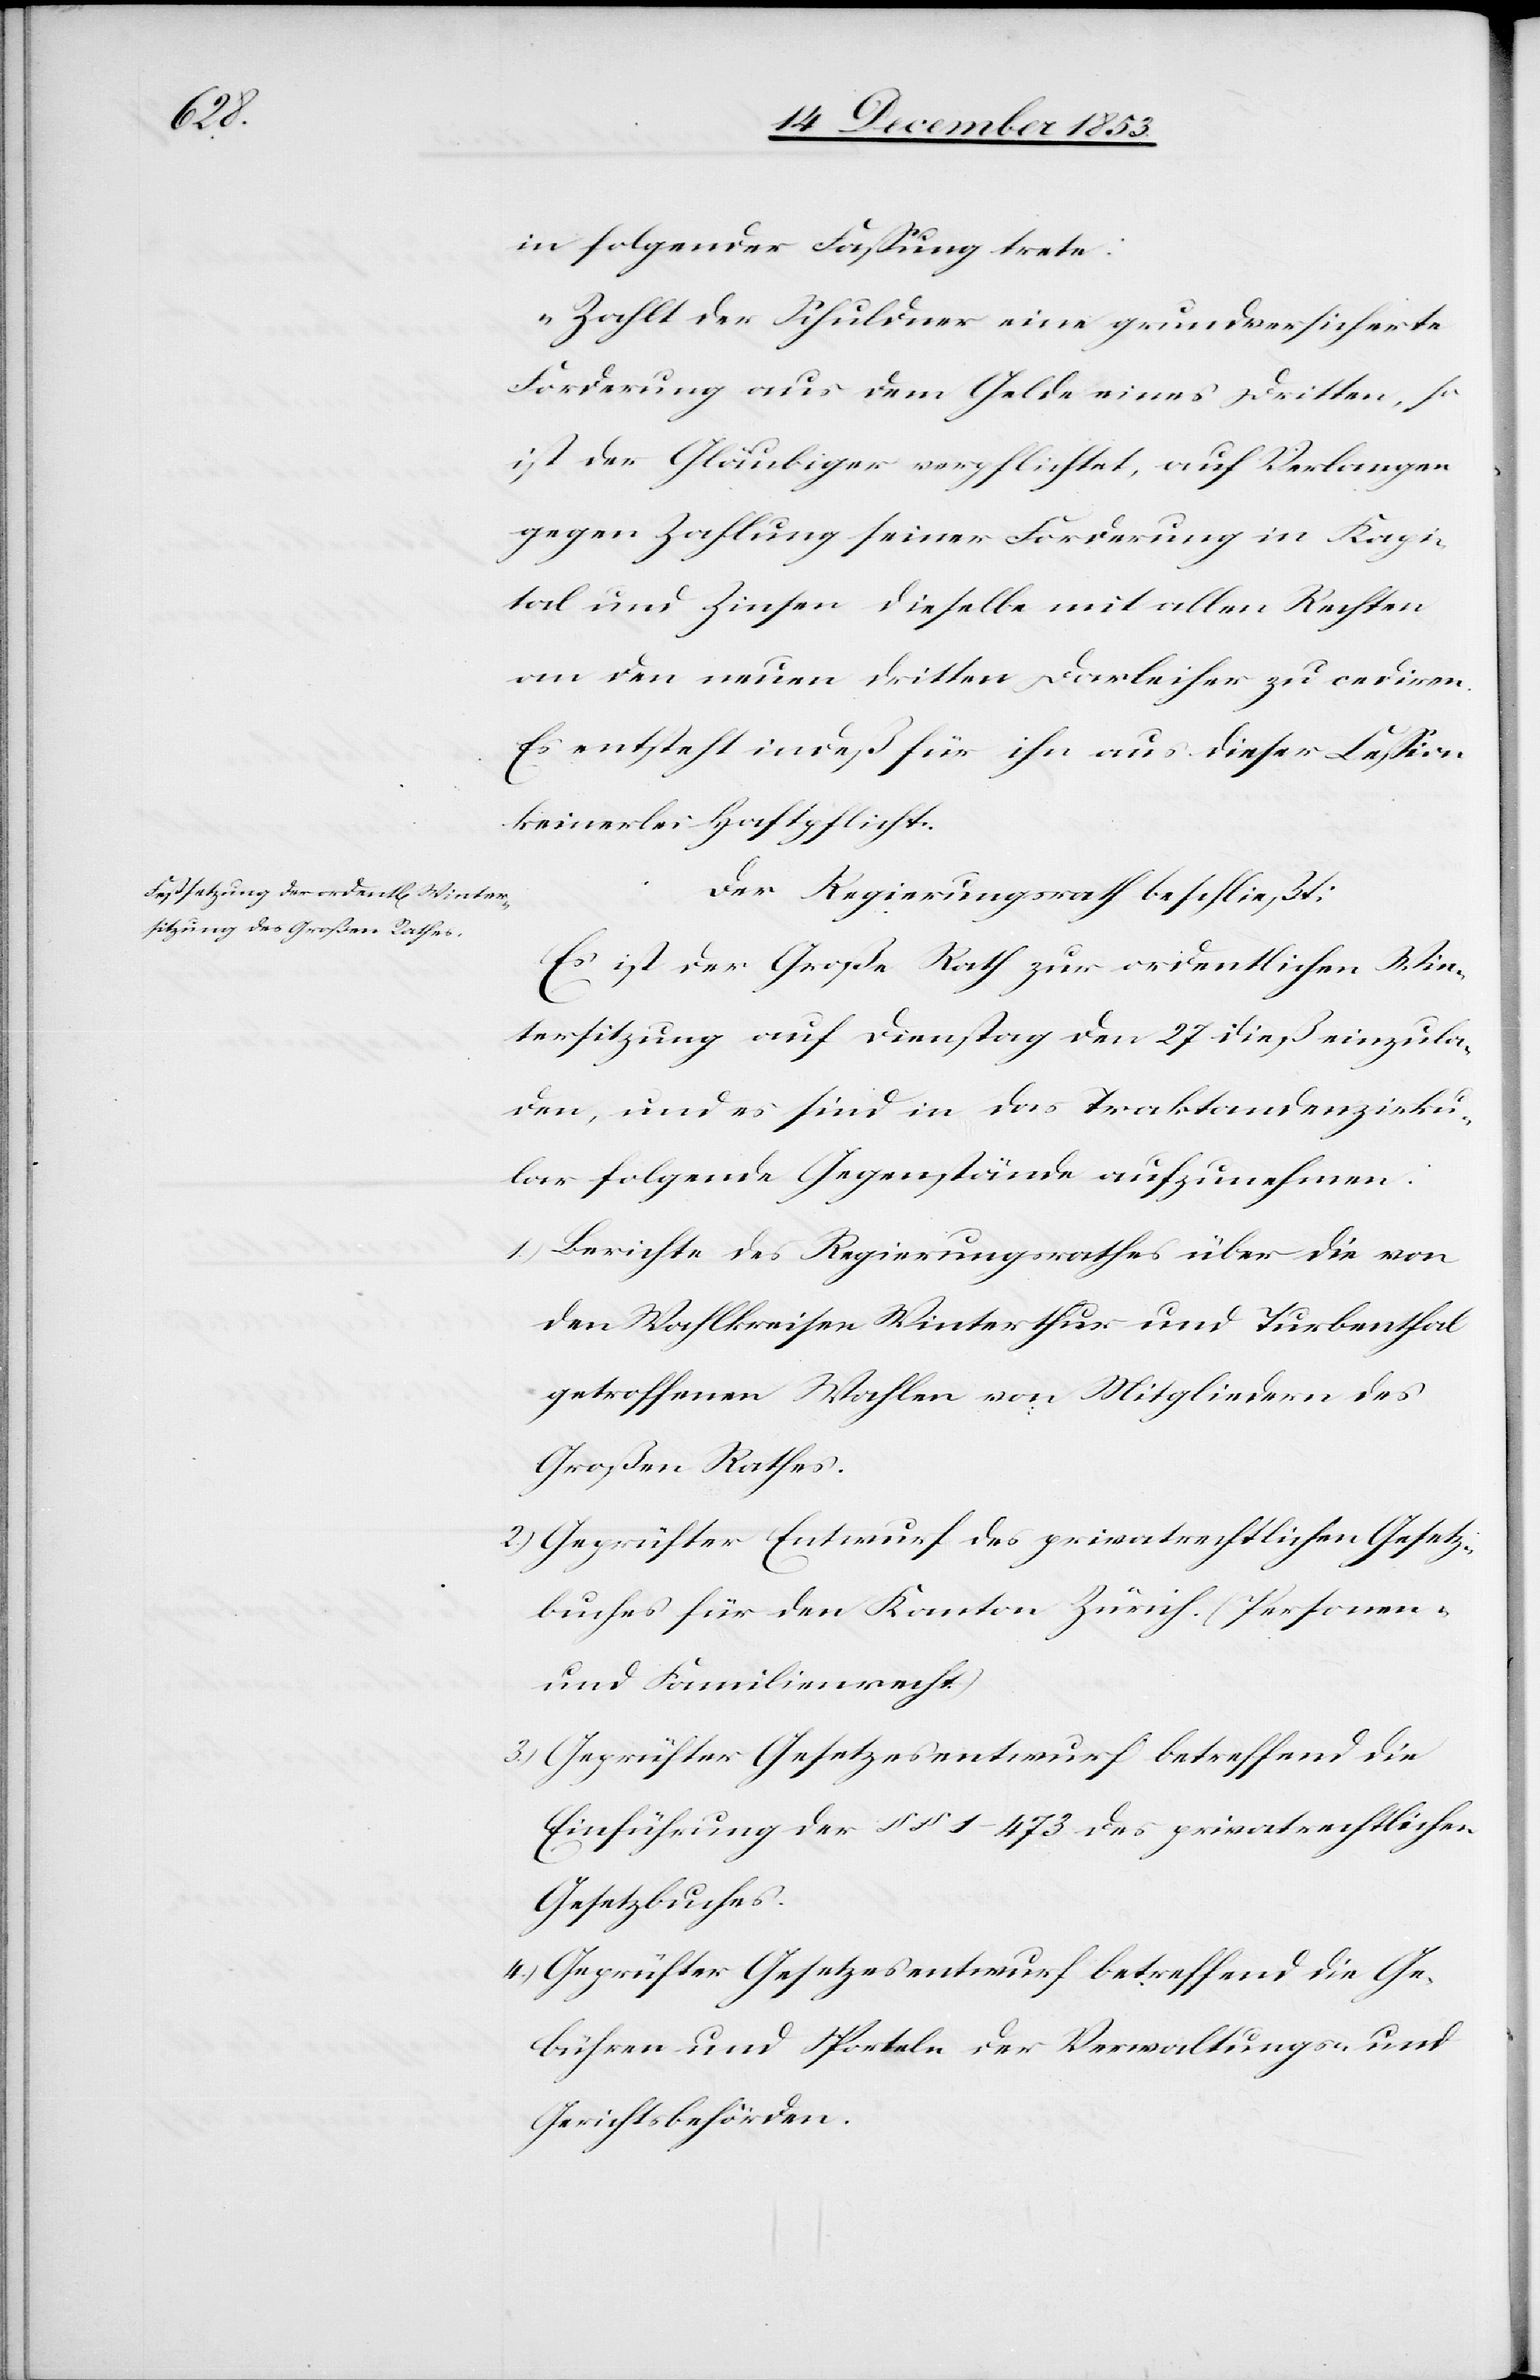
in folgender Faßung trete:
„Zahlt der Schuldner eine grundversicherte
Forderung aus dem Gelde eines Dritten, so
ist der Gläubiger verpflichtet, auf Verlangen
gegen Zahlung seiner Forderung in Kapi¬
tal und Zinsen dieselbe mit allen Rechten
an den neuen dritten Darleiher zu cediren.
Es entsteht indeß für ihn aus dieser Ceßion
keinerlei Haftpflicht.[“]
Der Regierungsrath beschließt:
Es ist der Große Rath zur ordentlichen Win¬
tersitzung auf Dienstag den 27 dieß einzula¬
den, und es sind in das Traktandenzirku¬
lar folgende Gegenstücke aufzunehmen:
1.) Berichte des Regierungsrathes über die von
den Wahlkreisen Winterthur und Turbenthal
getroffenen Wahlen von Mitgliedern des
Großen Rathes.
2.) Geprüfter Entwurf des privatrechtlichen Gesetze¬
sbuches für den Kanton Zürich. (Personen-
und Familienrecht)
3.) Geprüfter Gesetzesentwurf betreffend die
Einführung der §§ 1–473 des privatrechtlichen
Gesetzesbuches.
4.) Geprüfter Gesetzesentwurf betreffend die Ge¬
bühren und Sporteln der Verwaltungs- und
Gerichtsbehörden.